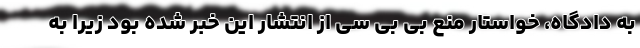
به دادگاه، خواستار منع بی بی سی از انتشار این خبر شده بود زیرا به